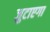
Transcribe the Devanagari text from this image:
जुटाएगा